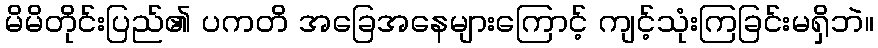
မိမိတိုင်းပြည်၏ ပကတိ အခြေအနေများကြောင့် ကျင့်သုံးကြခြင်းမရှိဘဲ။